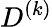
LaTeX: D^{(k)}